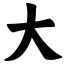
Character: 大